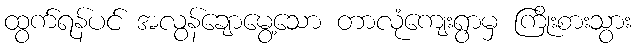
ထွက်ရန်ပင် အလွန်ချောမွေ့သော တာလုံကျေးရွာမှ ကြိုးစားသွား